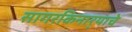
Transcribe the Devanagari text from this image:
सागरकिनार्‍याचे